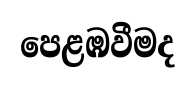
පෙළඹවීමද